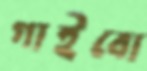
গাইবো